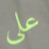
علي